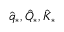
\hat { q } _ { * } , \hat { Q } _ { * } , \hat { K } _ { * }